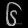
Digit: ၆